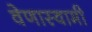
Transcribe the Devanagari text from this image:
वेणास्वामी